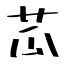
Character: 苽